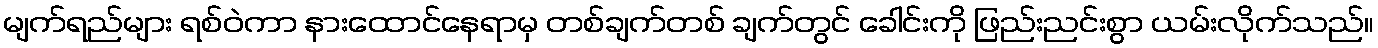
မျက်ရည်များ ရစ်ဝဲကာ နားထောင်နေရာမှ တစ်ချက်တစ် ချက်တွင် ခေါင်းကို ဖြည်းညင်းစွာ ယမ်းလိုက်သည်။